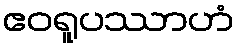
ဧဝရူပဿာဟံ